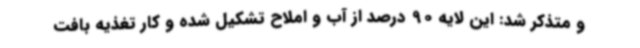
و متذکر شد: این لایه 90 درصد از آب و املاح تشکیل شده و کار تغذیه بافت